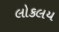
લોકલય